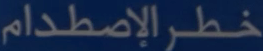
خطرالإصطدام